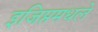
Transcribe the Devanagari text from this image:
इजिप्तमधले